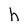
Character: h